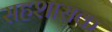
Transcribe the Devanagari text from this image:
सहशासक